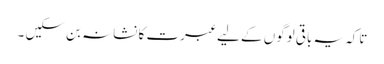
تاکہ یہ باقی لوگوں کے لیے عبرت کا نشانہ بن سکیں ۔